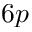
6 p